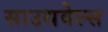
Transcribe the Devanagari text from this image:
साउथवेल्स